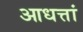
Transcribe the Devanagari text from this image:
आधत्तां